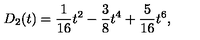
D _ { 2 } ( t ) = { \frac { 1 } { 1 6 } } t ^ { 2 } - { \frac { 3 } { 8 } } t ^ { 4 } + { \frac { 5 } { 1 6 } } t ^ { 6 } ,